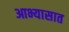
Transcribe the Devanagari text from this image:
आभ्यासात